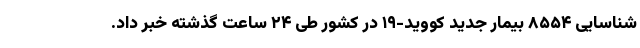
شناسایی ۸۵۵۴ بیمار جدید کووید-۱۹ در کشور طی ۲۴ ساعت گذشته خبر داد.